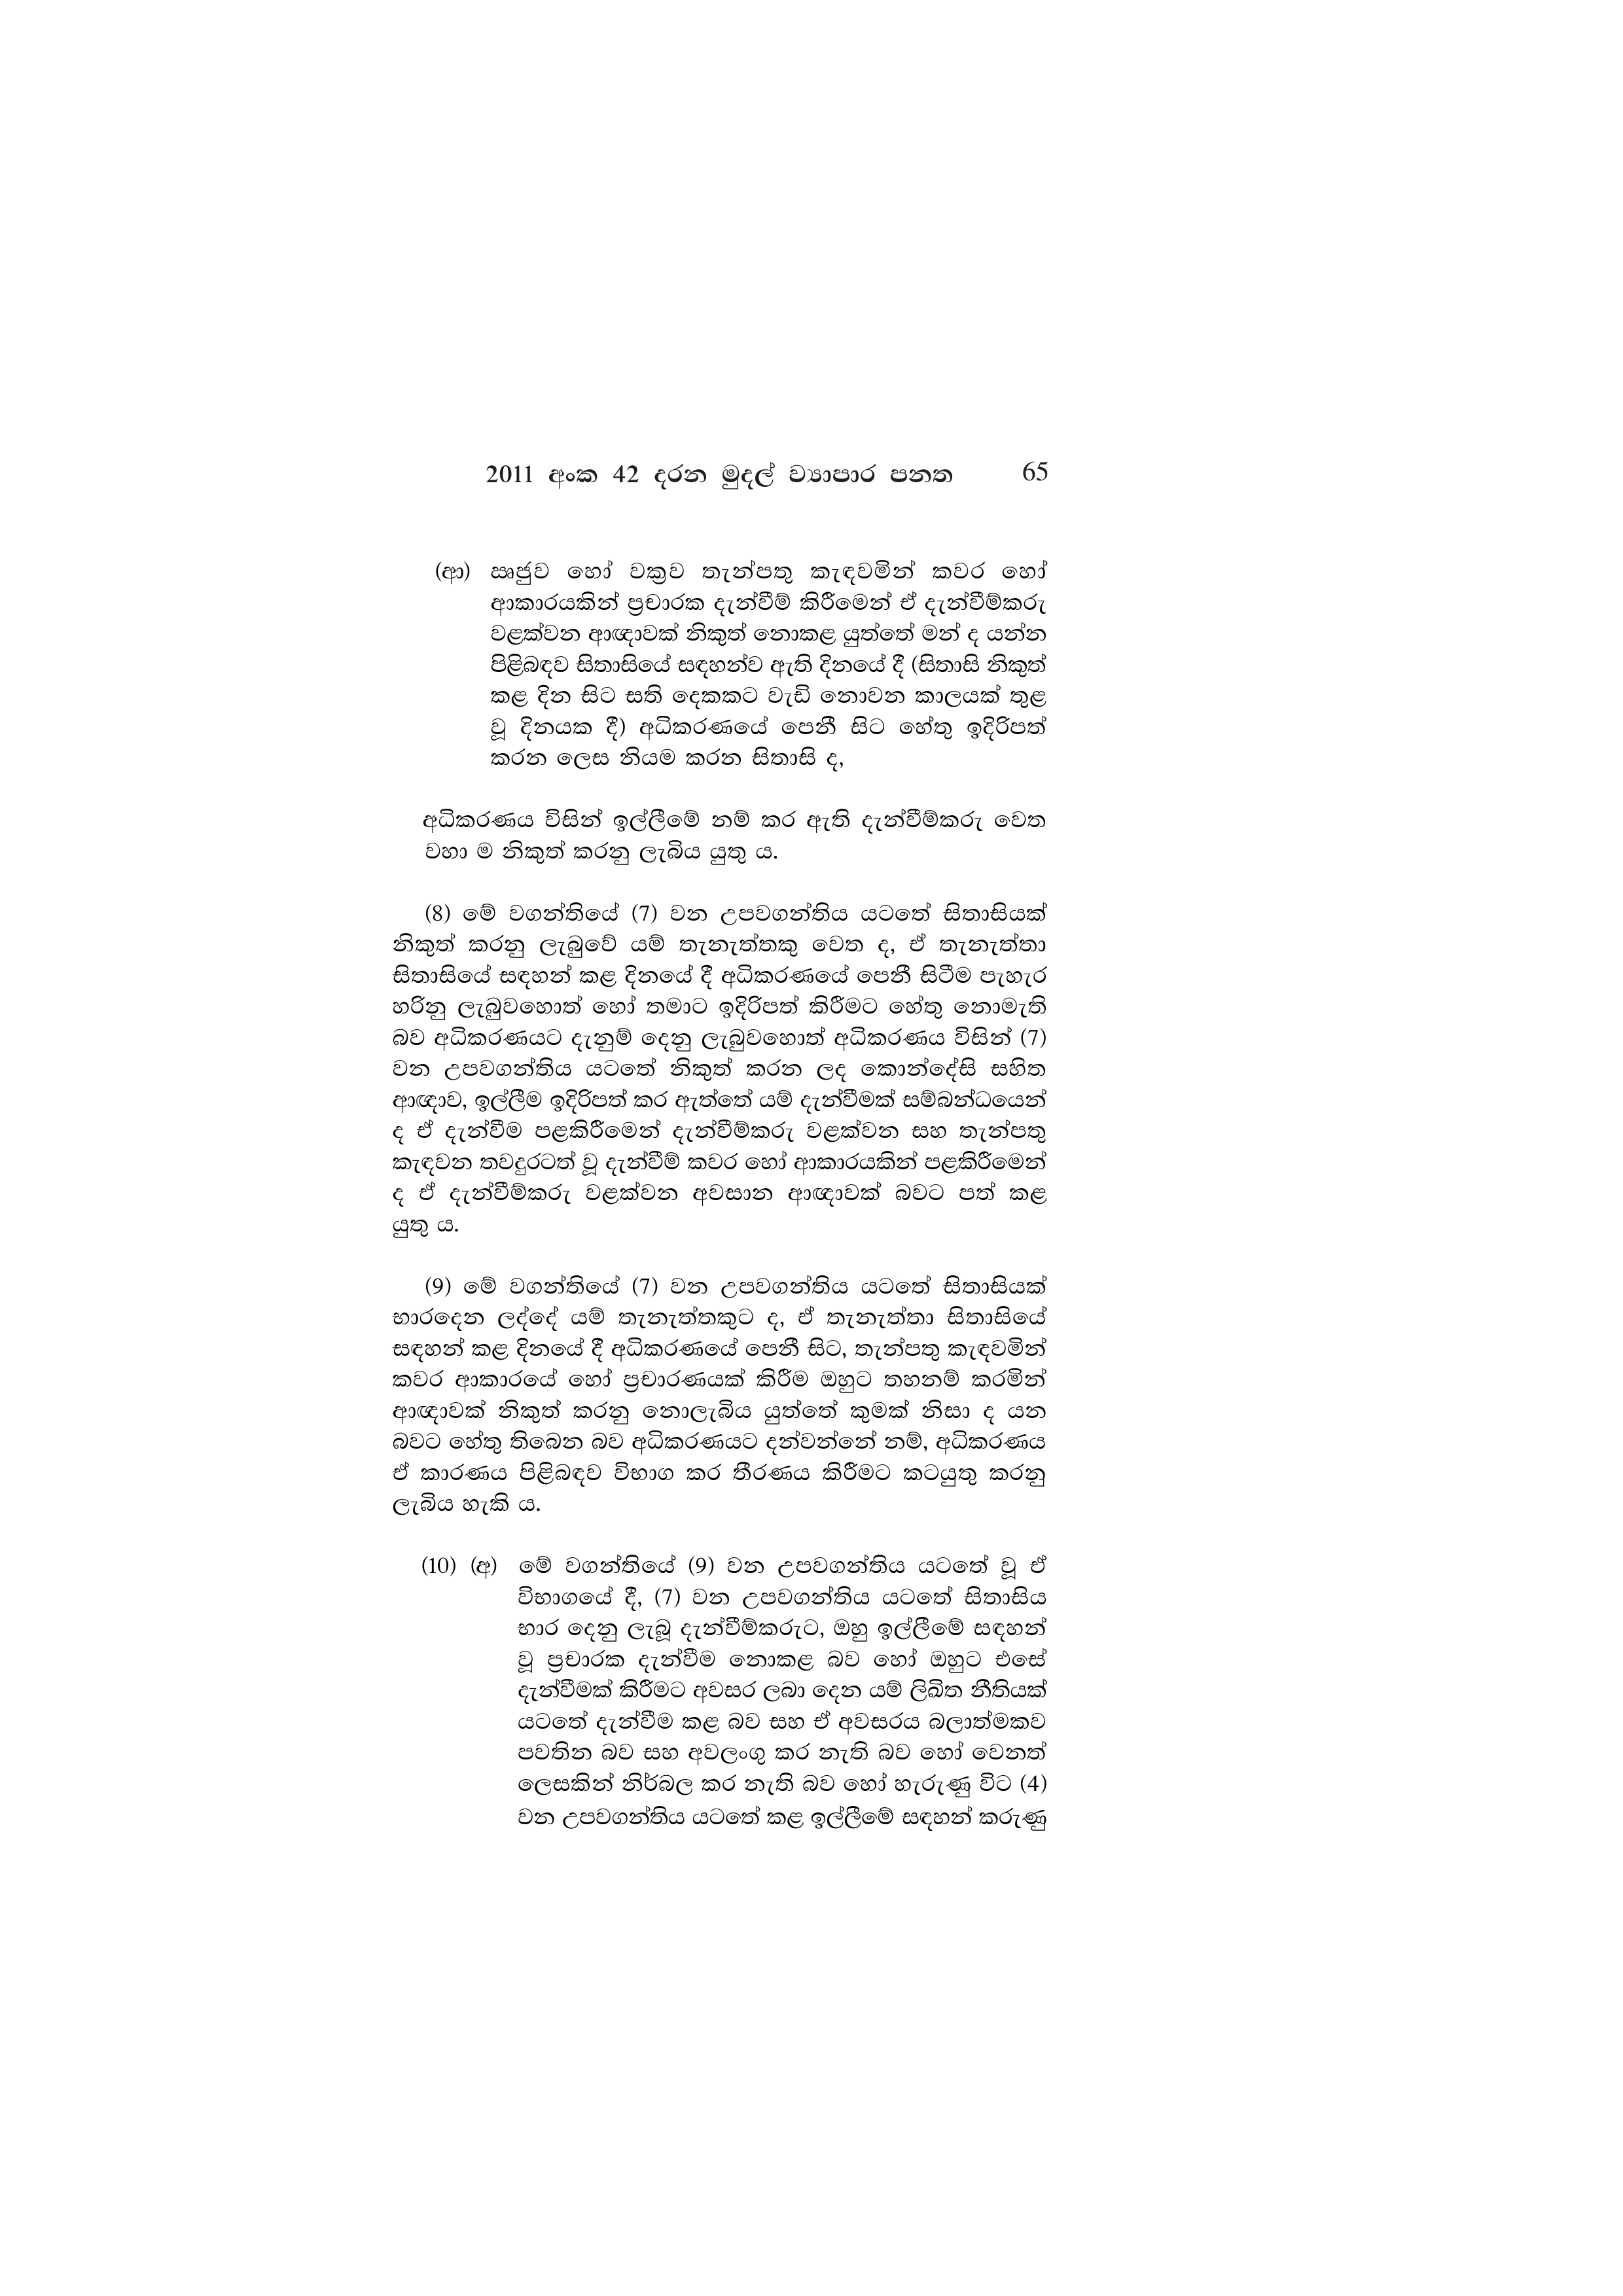
2011 අංක 42 දරන මුදල් ව්‍යාපාර පනත 65

(ආ) ඍජුව හෝ වක්‍රව තැන්පතු කැඳවමින් කවර හෝ
ආකාරයකින් ප්‍රචාරක දැන්වීම් කිරීමෙන් ඒ දැන්වීම්කරු
වළක්වන ආඥාවක් නිකුත් නොකළ යුත්තේ මන් ද යන්න
පිළිබඳව සිතාසියේ සඳහන්ව ඇති දිනයේ දී (සිතාසි නිකුත්
කළ දින සිට සති දෙකකට වැඩි නොවන කාලයක් තුළ
වූ දිනයක දී) අධිකරණයේ පෙනී සිට හේතු ඉදිරිපත්
කරන ලෙස නියම කරන සිතාසි ද,

අධිකරණය විසින් ඉල්ලීමේ නම් කර ඇති දැන්වීම්කරු වෙත
වහා ම නිකුත් කරනු ලැබිය යුතු ය.

(8) මේ වගන්තියේ (7) වන උපවගන්තිය යටතේ සිතාසියක්
නිකුත් කරනු ලැබුවේ යම් තැනැත්තකු වෙත ද, ඒ තැනැත්තා
සිතාසියේ සඳහන් කළ දිනයේ දී අධිකරණයේ පෙනී සිටීම පැහැර
හරිනු ලැබුවහොත් හෝ තමාට ඉදිරිපත් කිරීමට හේතු නොමැති
බව අධිකරණයට දැනුම් දෙනු ලැබුවහොත් අධිකරණය විසින් (7)
වන උපවගන්තිය යටතේ නිකුත් කරන ලද කොන්දේසි සහිත
ආඥාව, ඉල්ලීම ඉදිරිපත් කර ඇත්තේ යම් දැන්වීමක් සම්බන්ධයෙන්
ද ඒ දැන්වීම පළකිරීමෙන් දැන්වීම්කරු වළක්වන සහ තැන්පතු
කැඳවන තවදුරටත් වූ දැන්වීම් කවර හෝ ආකාරයකින් පළකිරීමෙන්
ද ඒ දැන්වීම්කරු වළක්වන අවසාන ආඥාවක් බවට පත් කළ
යුතු ය.

(9) මේ වගන්තියේ (7) වන උපවගන්තිය යටතේ සිතාසියක්
භාරදෙන ලද්දේ යම් තැනැත්තකුට ද, ඒ තැනැත්තා සිතාසියේ
සඳහන් කළ දිනයේ දී අධිකරණයේ පෙනී සිට, තැන්පතු කැඳවමින්
කවර ආකාරයේ හෝ ප්‍රචාරණයක් කිරීම ඔහුට තහනම් කරමින්
ආඥාවක් නිකුත් කරනු නොලැබිය යුත්තේ කුමක් නිසා ද යන
බවට හේතු තිබෙන බව අධිකරණයට දන්වන්නේ නම්, අධිකරණය
ඒ කාරණය පිළිබඳව විභාග කර තීරණය කිරීමට කටයුතු කරනු
ලැබිය හැකි ය.

(10) (අ) මේ වගන්තියේ (9) වන උපවගන්තිය යටතේ වූ ඒ
විභාගයේ දී, (7) වන උපවගන්තිය යටතේ සිතාසිය
භාර දෙනු ලැබූ දැන්වීම්කරුට, ඔහු ඉල්ලීමේ සඳහන්
වූ ප්‍රචාරක දැන්වීම නොකළ බව හෝ ඔහුට එසේ
දැන්වීමක් කිරීමට අවසර ලබා දෙන යම් ලිඛිත නීතියක්
යටතේ දැන්වීම කළ බව සහ ඒ අවසරය බලාත්මකව
පවතින බව සහ අවලංගු කර නැති බව හෝ වෙනත්
ලෙසකින් නිර්බල කර නැති බව හෝ හැරුණු විට (4)
වන උපවගන්තිය යටතේ කළ ඉල්ලීමේ සඳහන් කරුණු